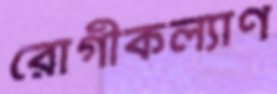
রোগীকল্যাণ